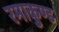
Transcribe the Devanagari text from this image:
रमाकुण्ड